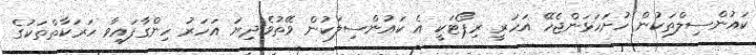
ކައުންސިލްތަކުން ހުށަހަޅަންޖެހޭ އަހަރީ ރިޕޯޓަކީ އެ ކައުންސިލަކުން ވޭތުވެދިޔަ އަހަރު ހިންގާފައިވާ ހަރަކާތްތަކުގެ